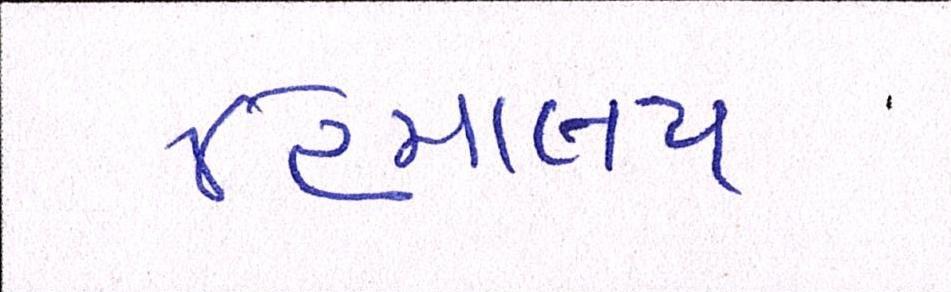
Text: હિમાચલ